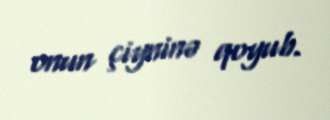
onun çiyninə qoyub.